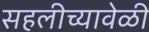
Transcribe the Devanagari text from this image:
सहलीच्यावेळी